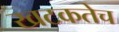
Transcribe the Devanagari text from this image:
खटकतेच